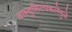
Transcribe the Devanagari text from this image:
वास्तुशिल्पकलेमुळे